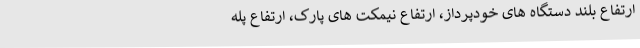
ارتفاع بلند دستگاه های خودپرداز، ارتفاع نیمکت های پارک، ارتفاع پله